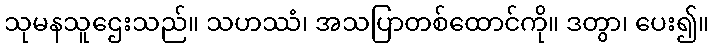
သုမနသူဌေးသည်။ သဟဿံ၊ အသပြာတစ်ထောင်ကို။ ဒတွာ၊ ပေး၍။